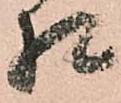
相